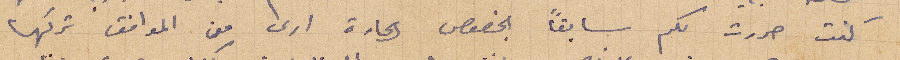
كنت حررت لكم سابقًا بخصوص إعادة ارض من المواقف تركها